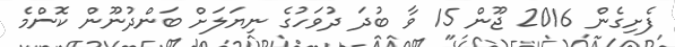
ފެށިގެން 2016 ޖޫން 15 ވާ ބުދަ ދުވަހުގެ ނިޔަލަށް ބަންދުނޫން ކޮންމެ